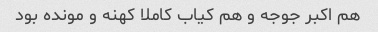
هم اکبر جوجه و هم کیاب کاملا کهنه و مونده بود